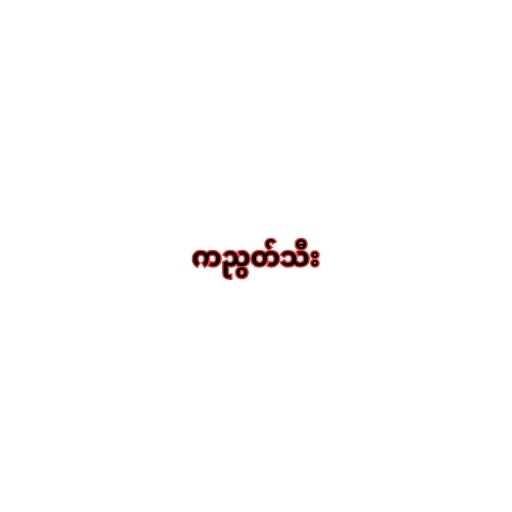
ကညွတ်သီး